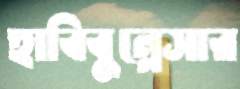
হাবিবুন্নেসার